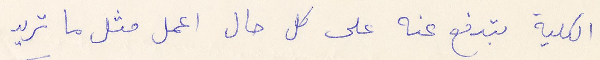
الكلية بتدفع عنه على كل حال اعمل مثل ما تريد